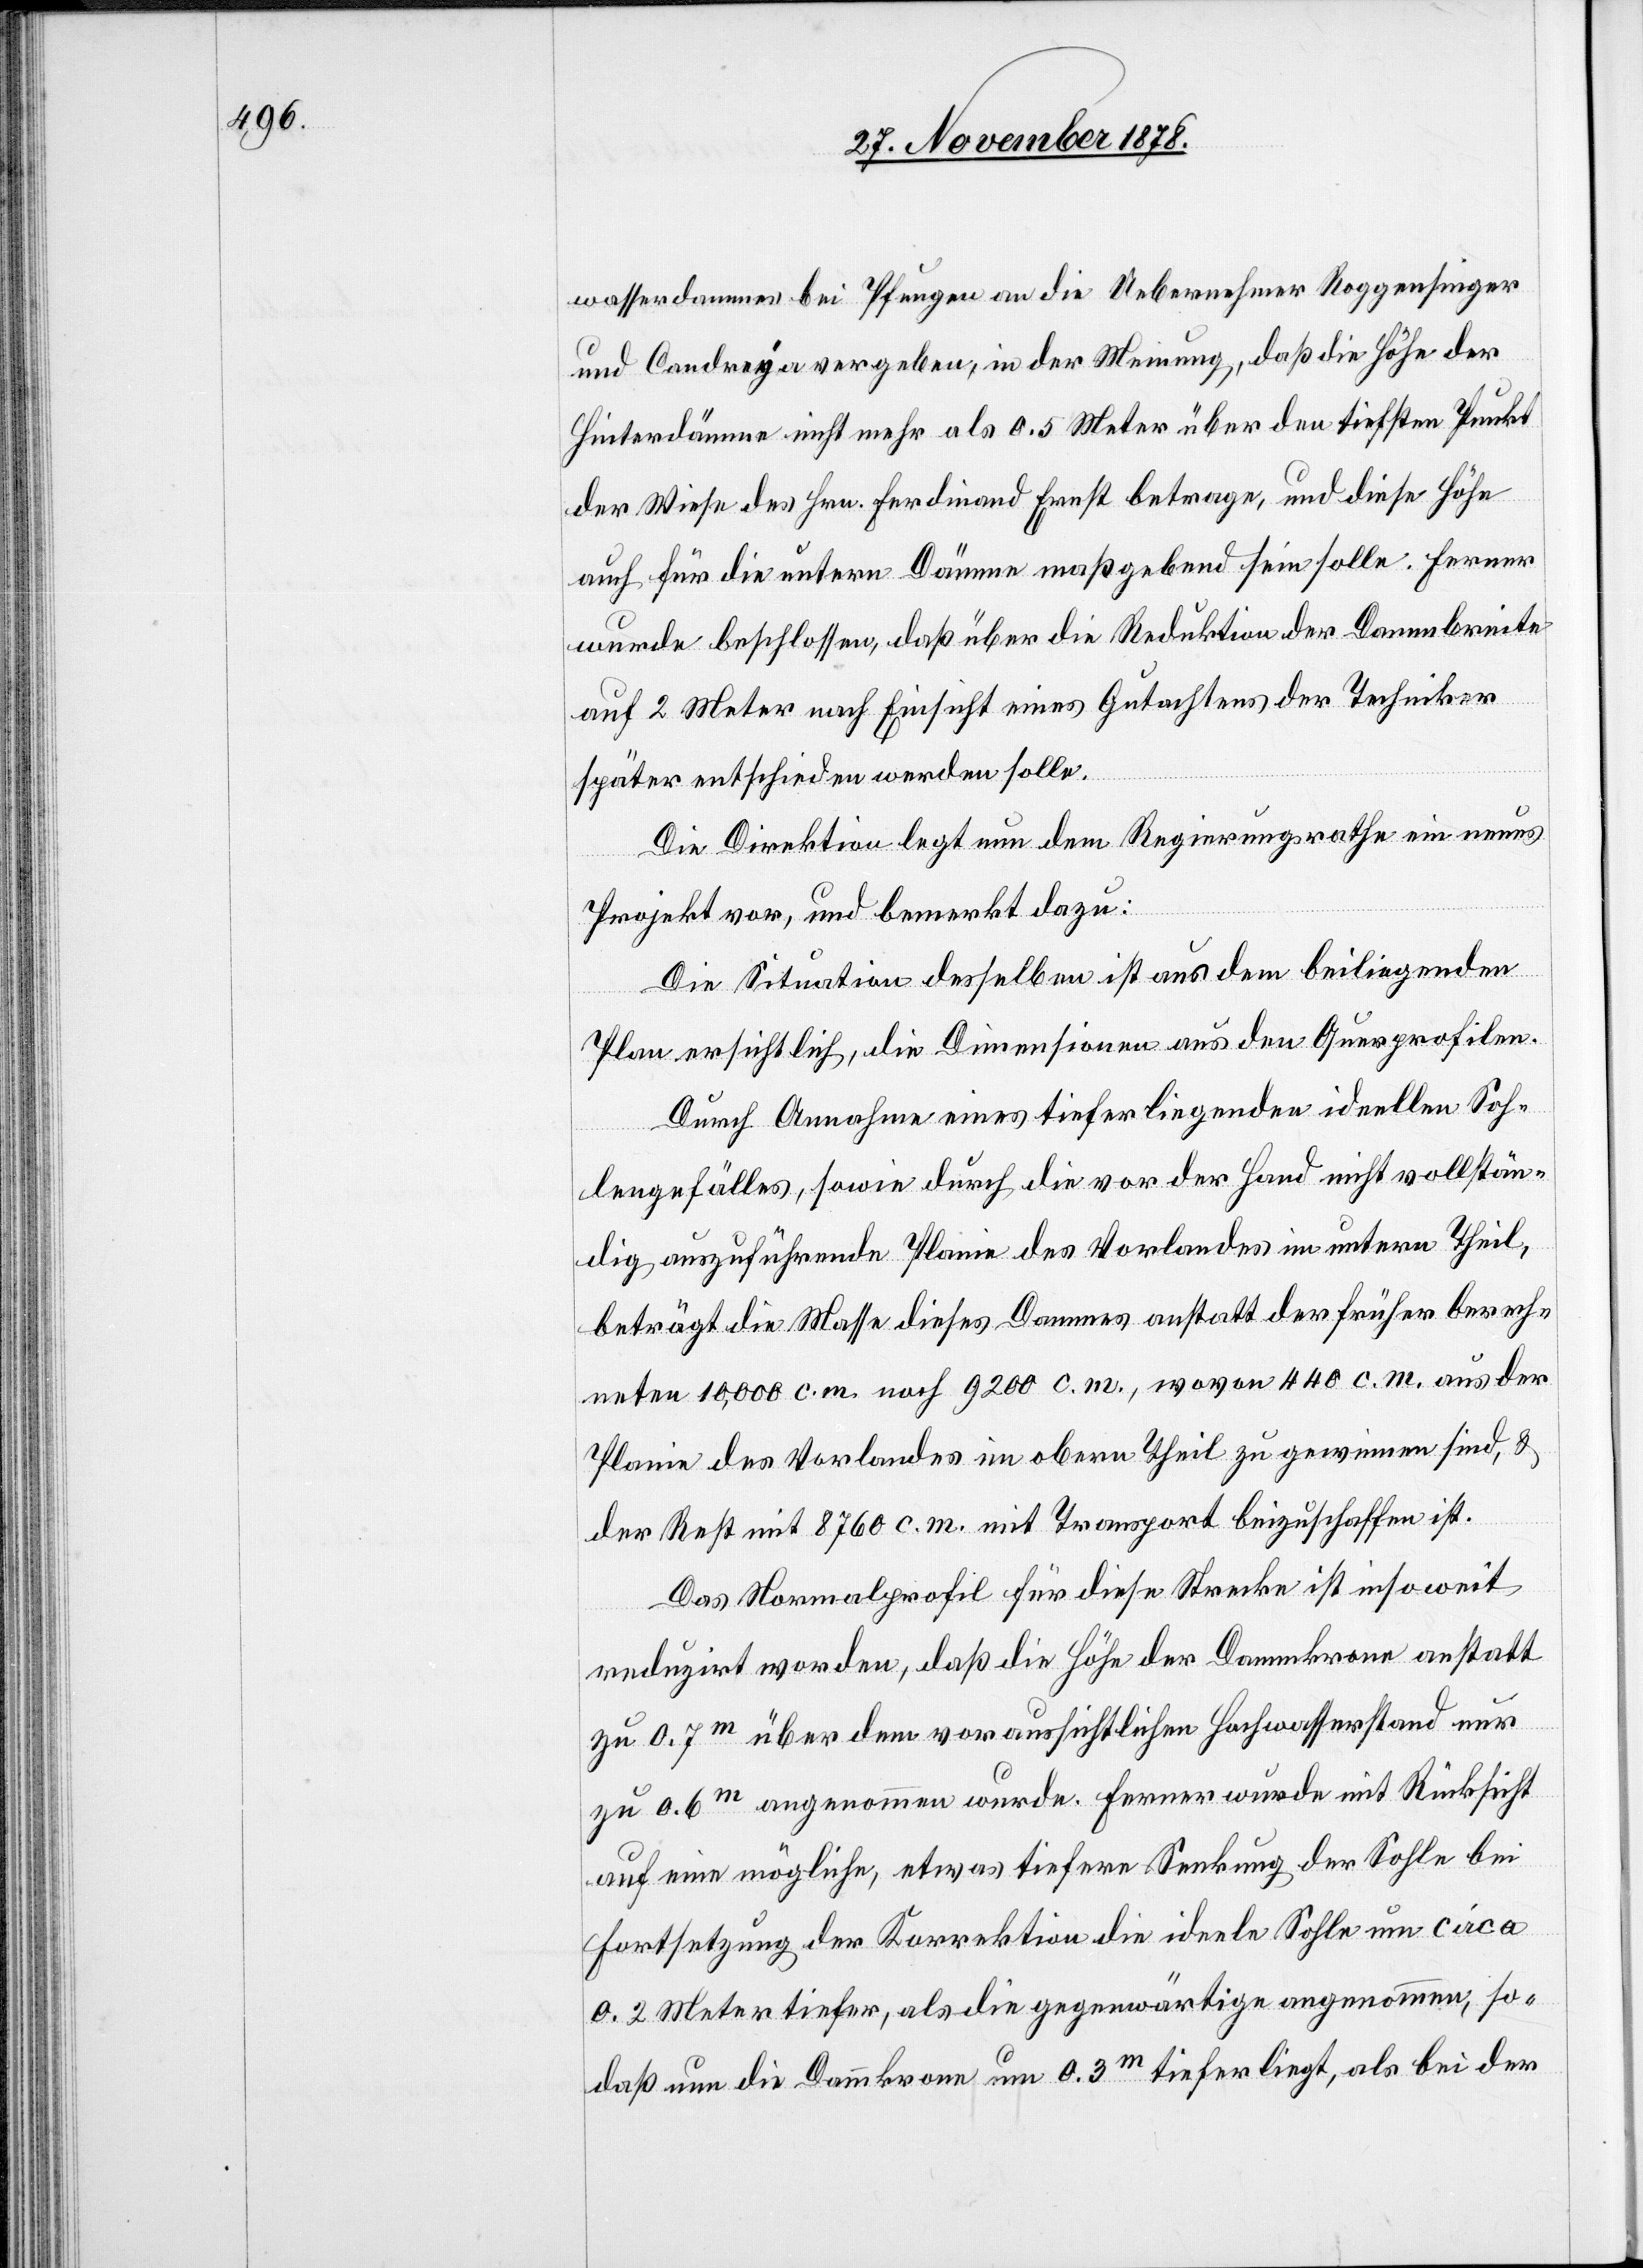
wasserdammes bei Pfungen an die Uebernehmer Roggensinger
und Candreya vergeben, in der Meinung, daß die Höhe der
Hinterdämme nicht mehr als 0.5 Meter über den tiefsten Punkt
der Wiese des Hrn. Ferdinand Ernst betrage, und diese Höhe
auch für die untern Dämme maßgebend sein solle. Ferner
wurde beschlossen, daß über die Reduktion der Dammbreite
auf 2 Meter nach Einsicht eines Gutachtens der Techniker
später entschieden werden solle.
Die Direktion legt nun dem Regierungsrathe ein neues
Projekt vor, und bemerkt dazu:
Die Situation desselben ist aus dem beiliegenden
Plan ersichtlich, die Dimensionen aus den Querprofilen.
Durch Annahme eines tieferliegenden ideellen Soh¬
lengefälles, sowie durch die vor der Hand nicht vollstän¬
dig auszuführende Planie des Vorlandes im untern Theil,
beträgt die Masse dieses Dammes anstatt der früher berech¬
neten 10,000 c. m. noch 9200 c. m., wovon 440 c.m. aus der
Planie des Vorlandes im obern Theil zu gewinnen sind, &
der Rest mit 8760 c. m. mit Transport beizuschaffen ist.
Das Normalprofil für diese Strecke ist insoweit
reduzirt worden, daß die Höhe der Dammkrone anstatt
zu 0.7m über dem voraussichtlichen Hochwasserstand nur
zu 0.6m angenommen wurde. Ferner wurde mit Rücksicht
auf eine mögliche, etwas tiefere Senkung der Sohle bei
Fortsetzung der Korrektion die ideele Sohle um circa
0.2 Meter tiefer, als die gegenwärtige angenommen, so¬
daß nun die Dammkrone um 0.3m tiefer liegt, als bei der